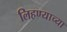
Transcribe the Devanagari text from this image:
लिहण्याच्या